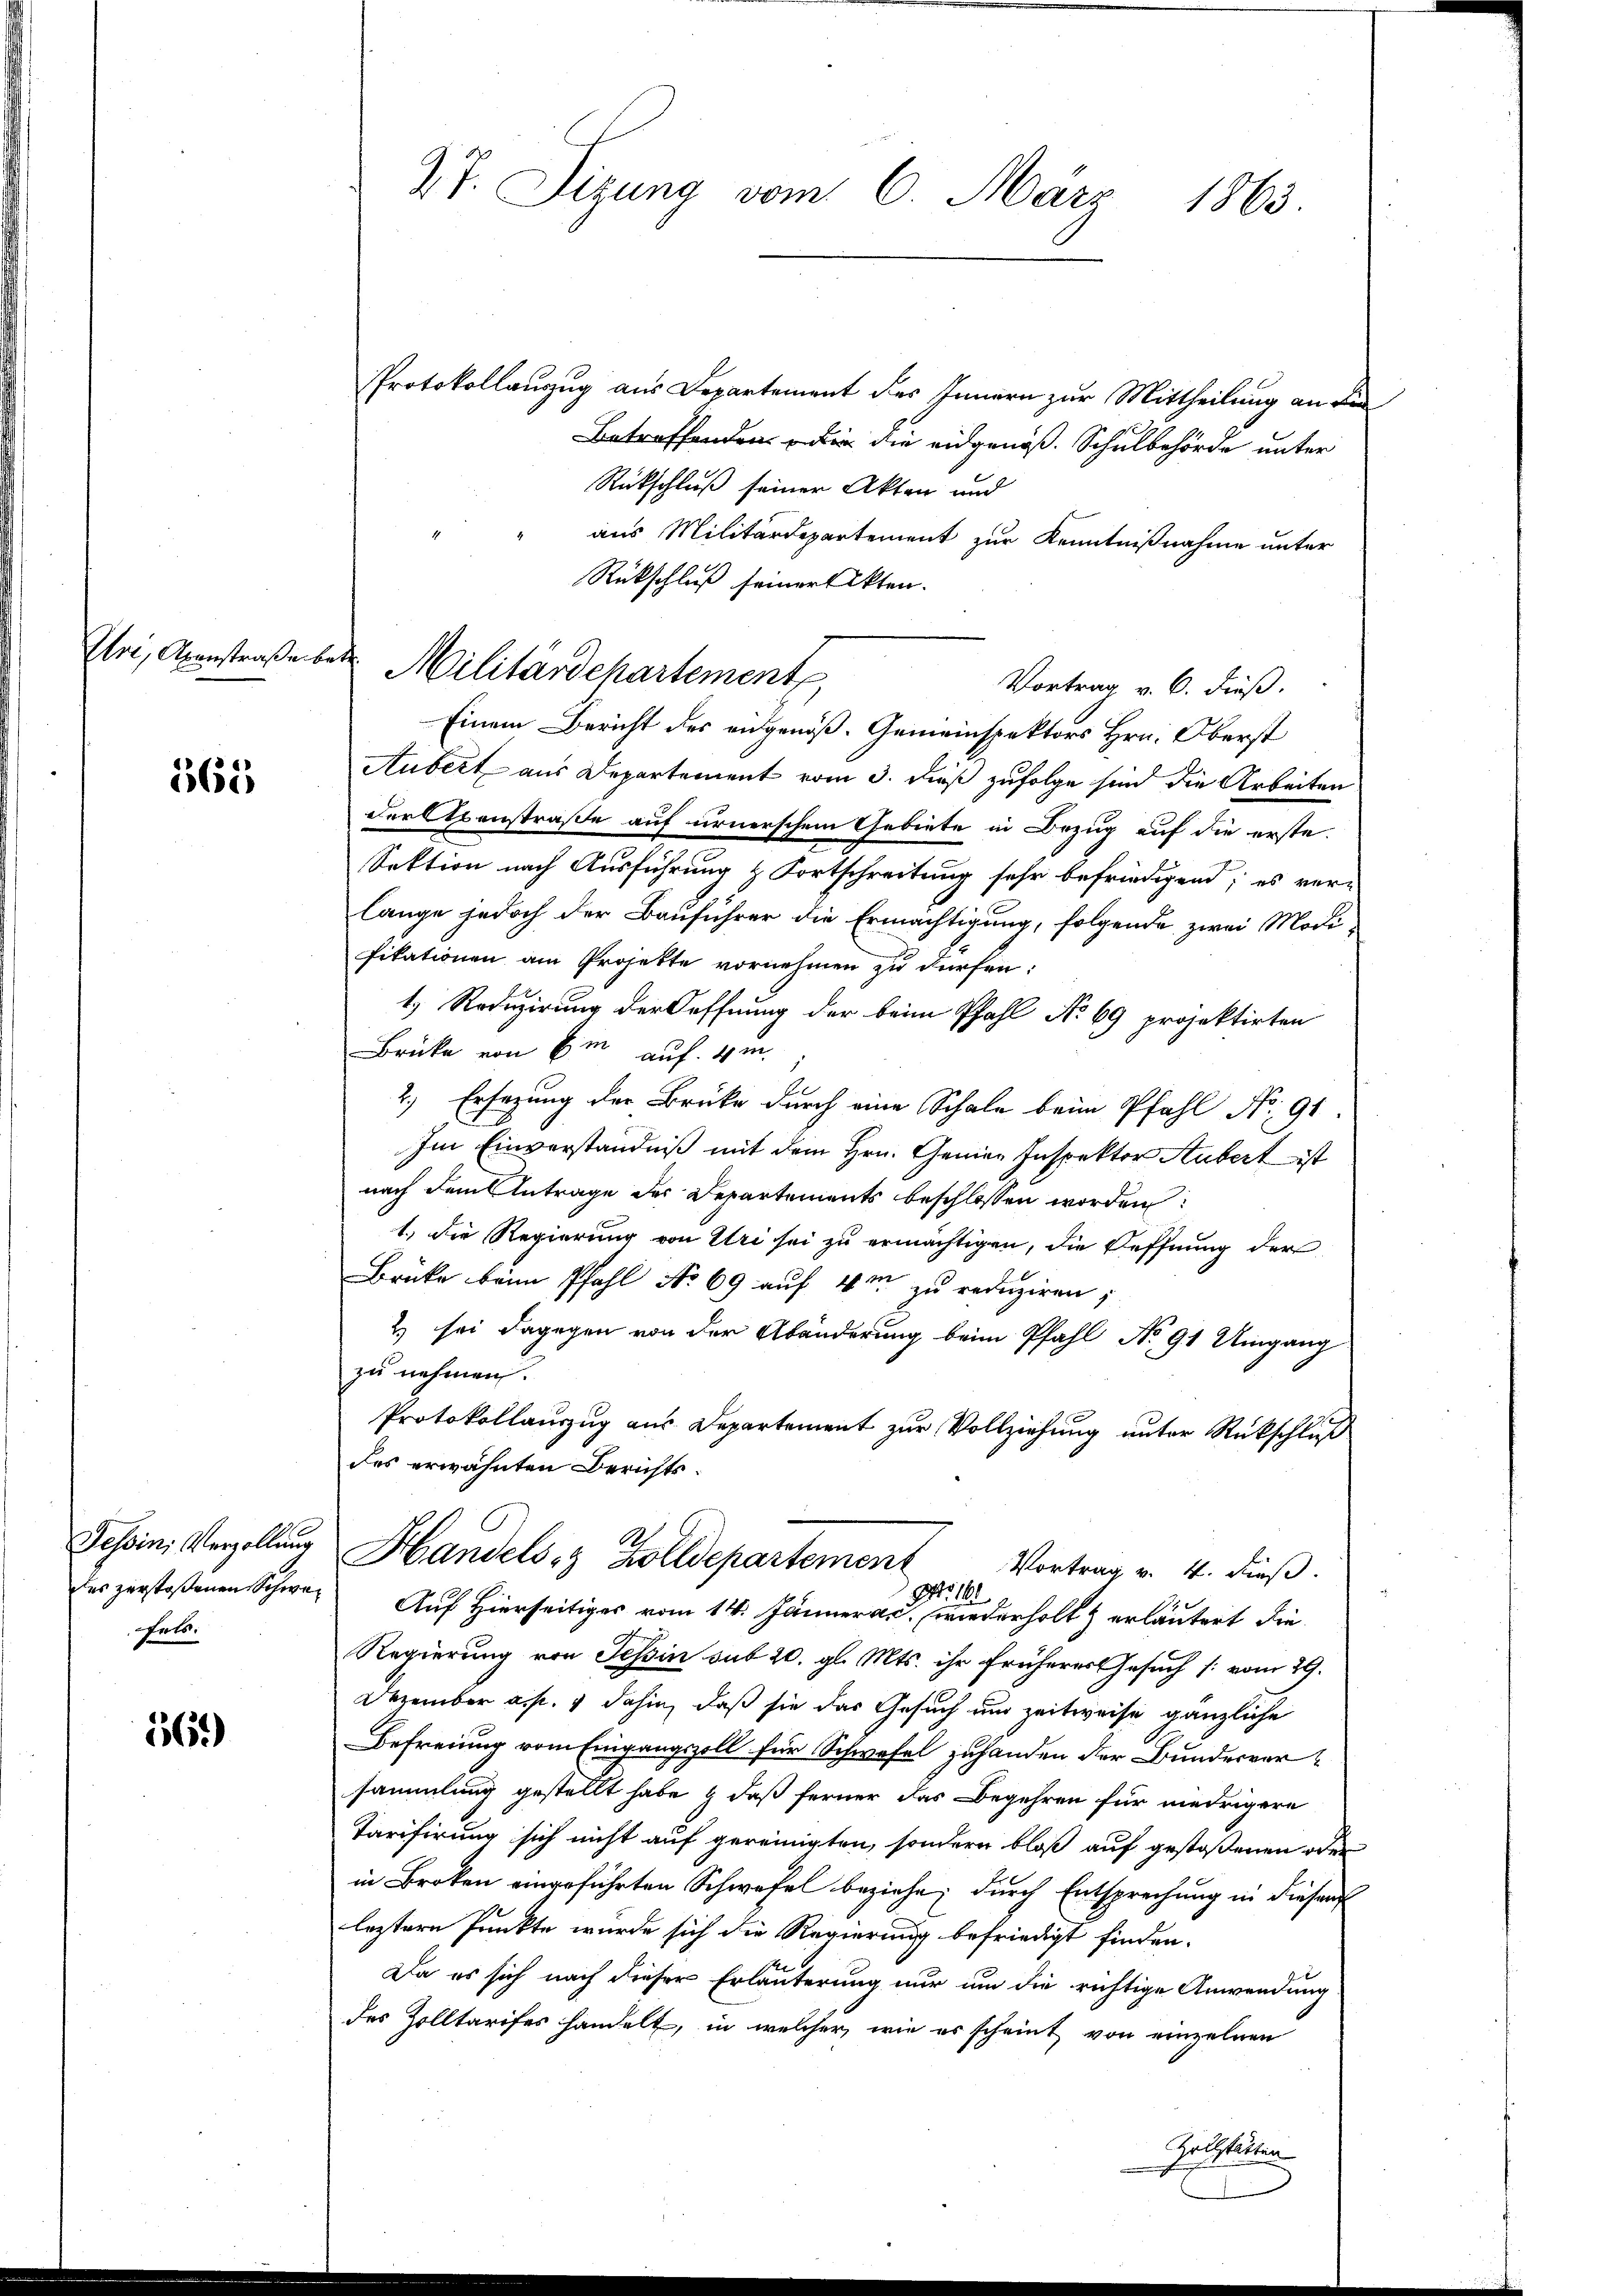
Uri, Abenstraße betr

565

als.

569)

Z. 7. Sizung vom 6. März 1863.

Protokollauszug aus Departement des Innern zur Mittheilung an die
Betreffenden in die eidgenöß. Schulbehörde unter
Rückschluß seiner Akten und
aus Militärdepartement zur Kenntnißnahme unter
Rückschluß seiner Akten.
Vortrag v. 6. dieß.
Einem Bericht des eidgenöß. Gemeinspektors Hrn. Oberst
Aubert aus Departement vom 3. dieß zufolge sind die Arbeiten
der Axenstraße auf urnerschem Gebiete in Bezug auf die erste
Sektion nach Ausführung & Fortschreitung sehr befriedigend; es ver-
lange jedoch der Bauführer die Ermächtigung, folgende zwei Modifikationen am Projekte vornehmen zu dürfen:
1.) Reduzirung der Hoffnung der beim Pfahl No 69 projektirten
Brüke von Ein auf 4 m
2.) Ersezung der Brüke durch eine Schale beim Pfahl No 91.
Im Einverständniß mit dem Hrn. Genien Inspektor Hubert ist
nach dem Antrage des Departements beschlossen worden:
1.) Die Regierung von Uri sei zu ermächtigen, die Oeffnung der
Brüke beim Pfahl No 69 auf 4m zu reduziren;
2) sei dagegen von der Abänderung beim Pfahl No 91 Umgang
zu nehmen.
Protokollauszug aus Departement zur Vollziehung unter Rückschluß
des erwähnten Berichts¬
A
Tessini Verzellung Handels Zolldepartement Vortrag v. 4. dieß.
t.
181
des zerstoßenen Schwer Auf Hierseitiges vom 14. Jänner a. c. wiederholt & erläutert die
Regierung von Tessin sub 20. gl. Mts. ihr früheres Gesuch [vom 29.
Dezember a. p. 4 dahin, daß sie das Gesuch und zeitweise gänzliche
Befreiung vom Eingangszoll für Schwefel zuhanden der Bundesversammlung gestellt habe & daß ferner das Begehren für niedrigere
Tarifirung sich nicht auf gereinigten, sondern bloß auf gestoßenen oder
in Brokon eingeführten Schwefel beziehe; durch Entsprechung in diesem
leztern Prückte wurde sich die Regierung befriedigt finden.
Da es sich nach dieser Erläuterung nur um die richtige Anwendung
des Zolltarifes handelt, in welcher, wie es scheint von einzelnen
Zollstätten

Militärschartement